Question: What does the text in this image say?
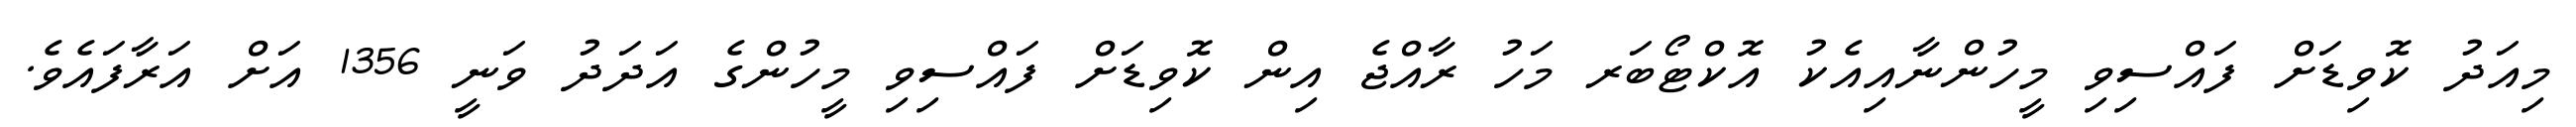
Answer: މިއަދު ކޮވިޑަށް ފައްސިވި މީހުންނާއިއެކު އޮކްޓޯބަރ މަހު ރާއްޖެ އިން ކޮވިޑަށް ފައްސިވި މީހުންގެ އަދަދު ވަނީ 1356 އަށް އަރާފައެވެ.